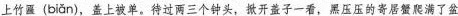
上竹( biǎn )，盖上被单。待过两三个钟头，掀开盖子一看，黑压压的寄居蟹爬满了盆